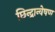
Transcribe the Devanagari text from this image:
छिन्द्रान्वेषण